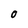
Character: O